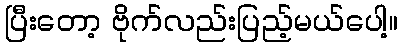
ပြီးတော့ ဗိုက်လည်းပြည့်မယ်ပေါ့။